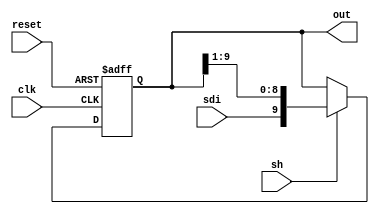
`timescale 1ns / 1ps
//////////////////////////////////////////////////////////////////////////////////
// Company: 
// Engineer: 
// 
// Design Name: 
// Module Name:    shift_reg 
// Project Name: 
// Target Devices: 
// Tool versions: 
// Description: 
//
// Dependencies: 
//
// Revision: 
// Revision 0.01 - File Created
// Additional Comments: 
//
//////////////////////////////////////////////////////////////////////////////////
module shift_reg(sh,sdi,clk,reset,out);
input sh,sdi,clk,reset;
output reg [9:0] out;

always @ (posedge clk, posedge reset)
	if (reset)
		out <= 10'b0;
	else if (sh)
		out <= {sdi,out[9:1]};




endmodule